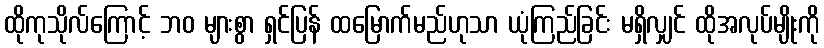
ထိုကုသိုလ်ကြောင့် ဘဝ များစွာ ရှင်ပြန် ထမြောက်မည်ဟုသာ ယုံကြည်ခြင်း မရှိလျှင် ထိုအလုပ်မျိုးကို